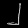
Digit: ၂